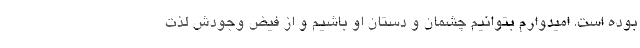
بوده است. امیدوارم بتوانیم چشمان و دستان او باشیم و از فیض وجودش لذت